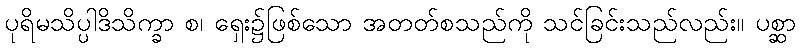
ပုရိမသိပ္ပါဒိသိက္ခာ စ၊ ရှေး၌ဖြစ်သော အတတ်စသည်ကို သင်ခြင်းသည်လည်း။ ပစ္ဆာ